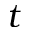
t